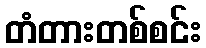
တံတားတစ်စင်း